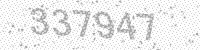
Solution: 337947